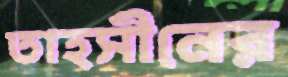
তাহসীনের